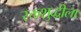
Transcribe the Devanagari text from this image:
रक्तशुद्धीला